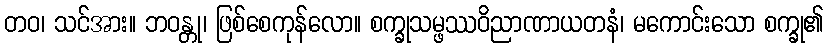
တဝ၊ သင်အား။ ဘဝန္တု၊ ဖြစ်စေကုန်လော။ စက္ခုသမ္ဖဿဝိညာဏာယတနံ၊ မကောင်းသော စက္ခု၏